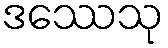
ဒဿေသု